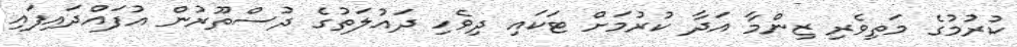
ކުރުމުގެ މަތިވެރި ޒިންމާ އަދާ ކުރުމަށް ޓަކައި ދިވެހި ދައުލަތުގެ ދުސްތޫރުން އުފައްދައިފައި